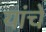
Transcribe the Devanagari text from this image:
यांचेेेे